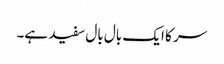
سر کا ایک بال بال سفید ہے۔